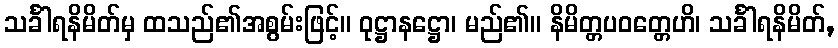
သင်္ခါရနိမိတ်မှ ထသည်၏အစွမ်းဖြင့်။ ဝုဋ္ဌာနဋ္ဌော၊ မည်၏။ နိမိတ္တပဝတ္တေဟိ၊ သင်္ခါရနိမိတ်,